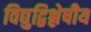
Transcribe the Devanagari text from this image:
विद्युद्विश्लेषीय